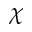
\chi